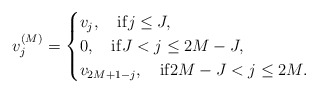
\begin{align*}v_j^{(M)}=\begin{cases} v_j, \quad{\rm if} j\le J,\\ 0, \quad{\rm if} J<j\le 2M-J,\\ v_{2M+1-j}, \quad{\rm if} 2M-J< j \le 2M .\end{cases}\end{align*}